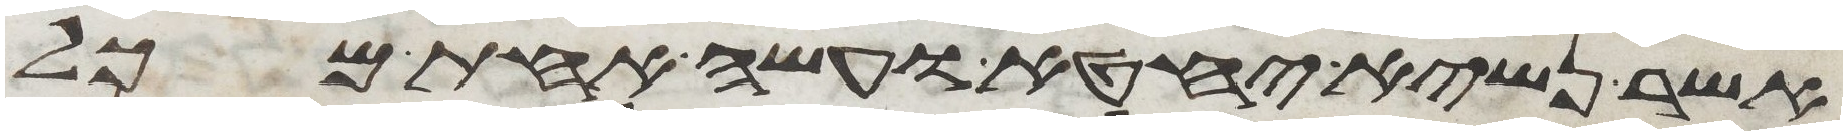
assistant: אשר נשיא יחטא ועשה אחת מכל